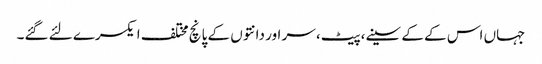
جہاں اس کے کے سینے،پیٹ، سر اور دانتوں‌ کے پانچ مختلف ایکسرے لئے گئے۔